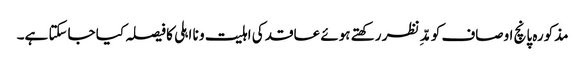
مذکورہ پانچ اوصاف کو مدِّ نظر رکھتے ہوئے عاقد کی اہلیت و نا اہلی کا فیصلہ کیا جاسکتا ہے۔